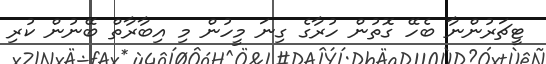
ޓީޗަރުންނާ ބެހޭ ގޮތުން ހުރާގެ ގިނަ މީހުން މި އިބާރާތް ބޭނުން ކުރި